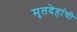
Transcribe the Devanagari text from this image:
मृतदेहांची